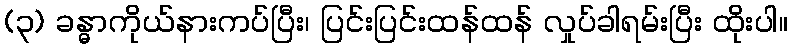
(၃) ခန္ဓာကိုယ်နားကပ်ပြီး၊ ပြင်းပြင်းထန်ထန် လှုပ်ခါရမ်းပြီး ထိုးပါ။